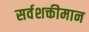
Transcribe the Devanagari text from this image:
सर्वशक्तीमान